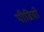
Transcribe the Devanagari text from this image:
पीढिय़ो